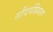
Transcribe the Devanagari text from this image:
सौंदर्यप्रियता